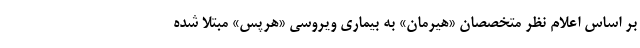
بر اساس اعلام نظر متخصصان «هیرمان» به بیماری ویروسی «هرپس» مبتلا شده